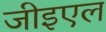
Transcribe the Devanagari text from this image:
जीइएल